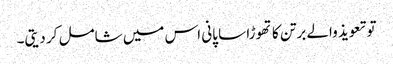
تو تعویذ والے برتن کا تھوڑا سا پانی اس میں شامل کر دیتی۔